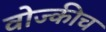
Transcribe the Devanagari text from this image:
वोज्कीच